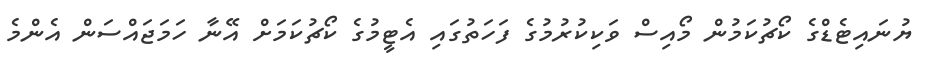
ޔުނައިޓެޑްގެ ކޯޗުކަމުން މޯއިސް ވަކިކުރުމުގެ ފަހަތުގައި އެޓީމުގެ ކޯޗުކަމަށް އޭނާ ހަމަޖައްސަން އެންމެ